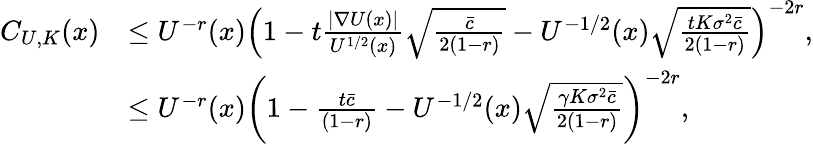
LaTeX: \begin{array}{rl}{C_{U,K}(x)}&{\le U^{-r}(x)\left(1-t\frac{|\nabla U(x)|}{U^{1/2}(x)}\sqrt{\frac{\bar{c}}{2(1-r)}}-U^{-1/2}(x)\sqrt{\frac{tK\sigma^{2}\bar{c}}{2(1-r)}}\right)^{-2r},}\\ &{\le U^{-r}(x)\left(1-\frac{t\bar{c}}{(1-r)}-U^{-1/2}(x)\sqrt{\frac{\gamma K\sigma^{2}\bar{c}}{2(1-r)}}\right)^{-2r},}\end{array}